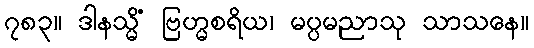
၇၈၃။ ဒါနသ္မိံ ဗြဟ္မစရိယ၊ မပ္ပမညာသု သာသနေ။